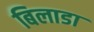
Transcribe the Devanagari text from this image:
बिलाडा